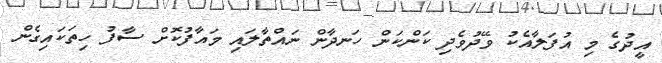
އީދުގެ މި އުފަލާއެކު ވޭދުވެދި ކަންކަން ހަނދާން ނައްތާލައި މައާފުކޮށް ސާފު ހިތަކައިގެން